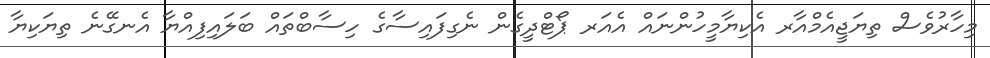
މިހާރުވެސް ތިޔަޖީއެމްއާރ އެކިޔާމީހުންނައް އެއަރ ޕޯޓްދީގެން ނެގިފައިސާގެ ހިސާބްތައް ބަލައިފިއްޔާ އެނގޭނެ ތިޔަކިޔާ